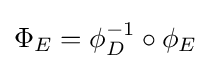
\Phi _{E}=\phi _{D}^{-1}\circ \phi _{E}